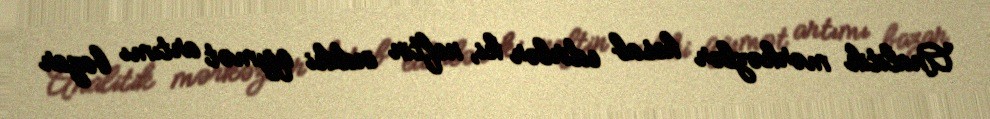
Analitik mərkəzlər hesab edirlər ki, neftin indiki qiymət artımı bazar